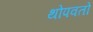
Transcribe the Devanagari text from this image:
थोपवतो